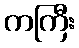
ကကြီး